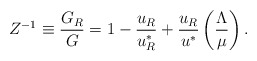
\begin{align*}Z^{-1}\equiv\frac{G_R}{G}=1-\frac{u_R}{u_R^*}+\frac{u_R}{u^*}\left(\frac{\Lambda}{\mu}\right).\end{align*}